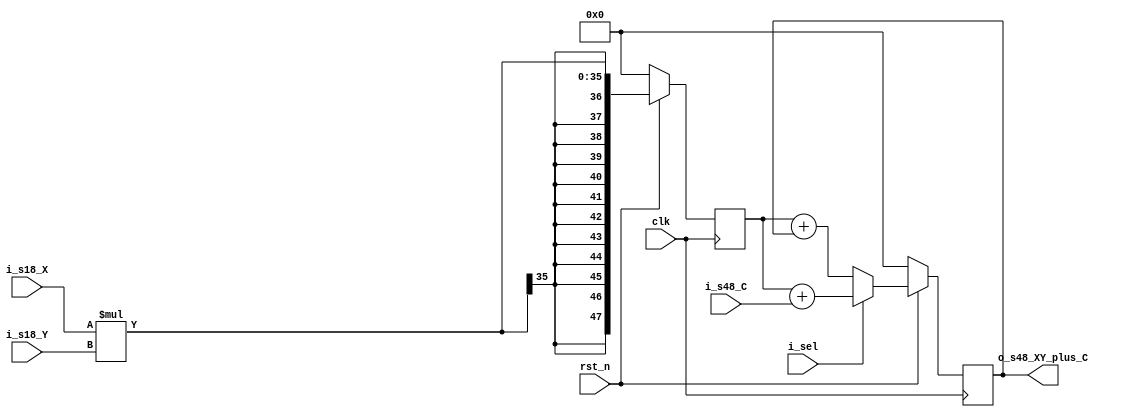
module DSP48_inferred (
  clk ,
  rst_n,
  // Logic signals
  i_sel,
  // Data signals
  i_s18_X,
  i_s18_Y,
  i_s48_C,
  o_s48_XY_plus_C 
);
  
  input                 i_sel;
  input                 clk,rst_n;
  input  signed  [17:0] i_s18_X, i_s18_Y;
  input  signed  [47:0] i_s48_C;
 
  output signed  [47:0] o_s48_XY_plus_C;


  reg    signed  [17:0] s18_X_reg;
  reg    signed  [17:0] s18_Y_reg;

  // pipeline registers
  reg    signed  [47:0] s48_post_mlt_reg;
  reg    signed  [47:0] s48_post_acc_reg;

  assign o_s48_XY_plus_C = s48_post_acc_reg;


  // Synchronous reset
  always @(posedge clk ) begin
    if (!rst_n) begin
      // Rest all regs
      s18_X_reg <= 0 ;
      s18_Y_reg <= 0 ;
      s48_post_mlt_reg <= 0 ;
      s48_post_acc_reg <= 0 ;

    end else begin 


      // DSP operation
      //s18_X_reg <= i_s18_X;
      //s18_Y_reg <= i_s18_Y;

      s48_post_mlt_reg <= i_s18_X * i_s18_Y;

      if (i_sel) begin
        s48_post_acc_reg <= s48_post_mlt_reg + i_s48_C;  
      end else begin
        // Accumulate prev result
        s48_post_acc_reg <= s48_post_mlt_reg + s48_post_acc_reg;  
      end

    end
  end

endmodule